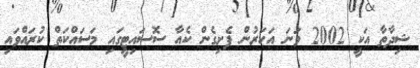
ޝިދާތާ އަކީ 2002 ވަނަ އަހަރުން ފެށިގެން ކެއާ ސޮސައިޓީގައި މަސައްކަތް ކުރައްވައި